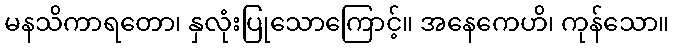
မနသိကာရတော၊ နှလုံးပြုသောကြောင့်။ အနေကေဟိ၊ ကုန်သော။